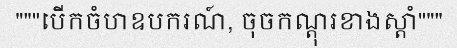
"""បើកចំហឧបករណ៍, ចុចកណ្តុរខាងស្តាំ"""